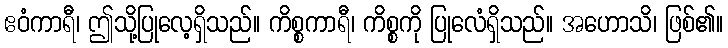
ဧဝံကာရီ၊ ဤသို့ပြုလေ့ရှိသည်။ ကိစ္စကာရီ၊ ကိစ္စကို ပြုလေံရှိသည်။ အဟောသိ၊ ဖြစ်၏။